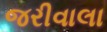
જરીવાલા